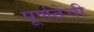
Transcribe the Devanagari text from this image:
पूर्णतेची